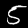
Label: 5